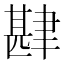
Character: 𮌅